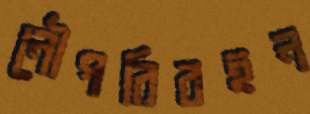
নৌপরিবহন